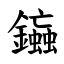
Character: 䥰